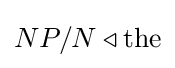
NP/N\triangleleft {\text{the}}